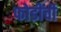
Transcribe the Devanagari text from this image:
फोडींची